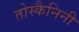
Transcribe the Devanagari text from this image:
तोस्कैनिनी